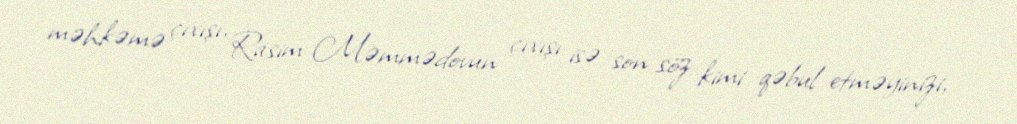
məhkəmə çıxışı, Rasim Məmmədovun çıxışı isə son söz kimi qəbul etməyinizi,